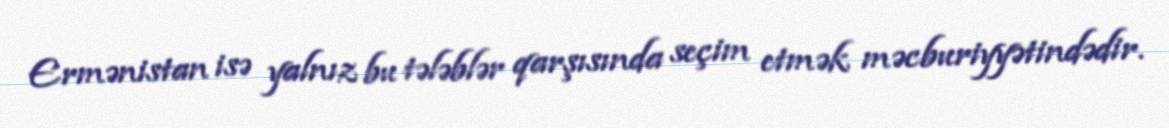
Ermənistan isə yalnız bu tələblər qarşısında seçim etmək məcburiyyətindədir.